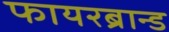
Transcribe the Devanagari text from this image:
फायरब्रान्ड